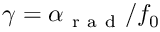
\gamma = \alpha _ { \mathrm { ~ r ~ a ~ d ~ } } / f _ { 0 }